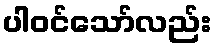
ပါဝင်သော်လည်း